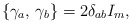
\begin{align*}\left\{\gamma_a,\, \gamma_b\right\}=2\delta_{ab}I_m,\end{align*}